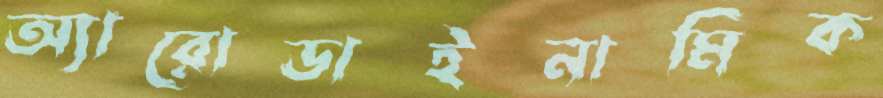
অ্যারোডাইনামিক